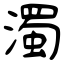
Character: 濁